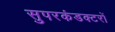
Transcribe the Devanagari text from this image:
सुपरकंडक्टरों